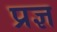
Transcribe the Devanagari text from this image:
प्रज्ञ